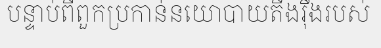
បន្ទាប់ពីពួកប្រកាន់នយោបាយតឹងរ៉ឹងរបស់